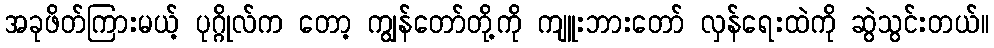
အခုဖိတ်ကြားမယ့် ပုဂ္ဂိုလ်က တော့ ကျွန်တော်တို့ကို ကျူးဘားတော် လှန်ရေးထဲကို ဆွဲသွင်းတယ်။